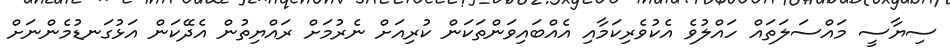
ސިޔާސީ މައްސަލަތައް ހައްލުވެ އެކުވެރިކަމާއި އެއްބައިވަންތަކަން ކުރިއަށް ނެރުމަށް ރައްޔިތުން އެދޭކަން އަޅުގަނޑުމެންނަށް